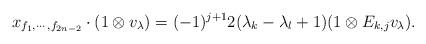
LaTeX: \begin{align*} x_{f_1,\cdots,f_{2n-2}}\cdot (1\otimes v_{\lambda})=(-1)^{j+1}2(\lambda_k-\lambda_l+1) (1\otimes E_{k,j} v_{\lambda}).\end{align*}